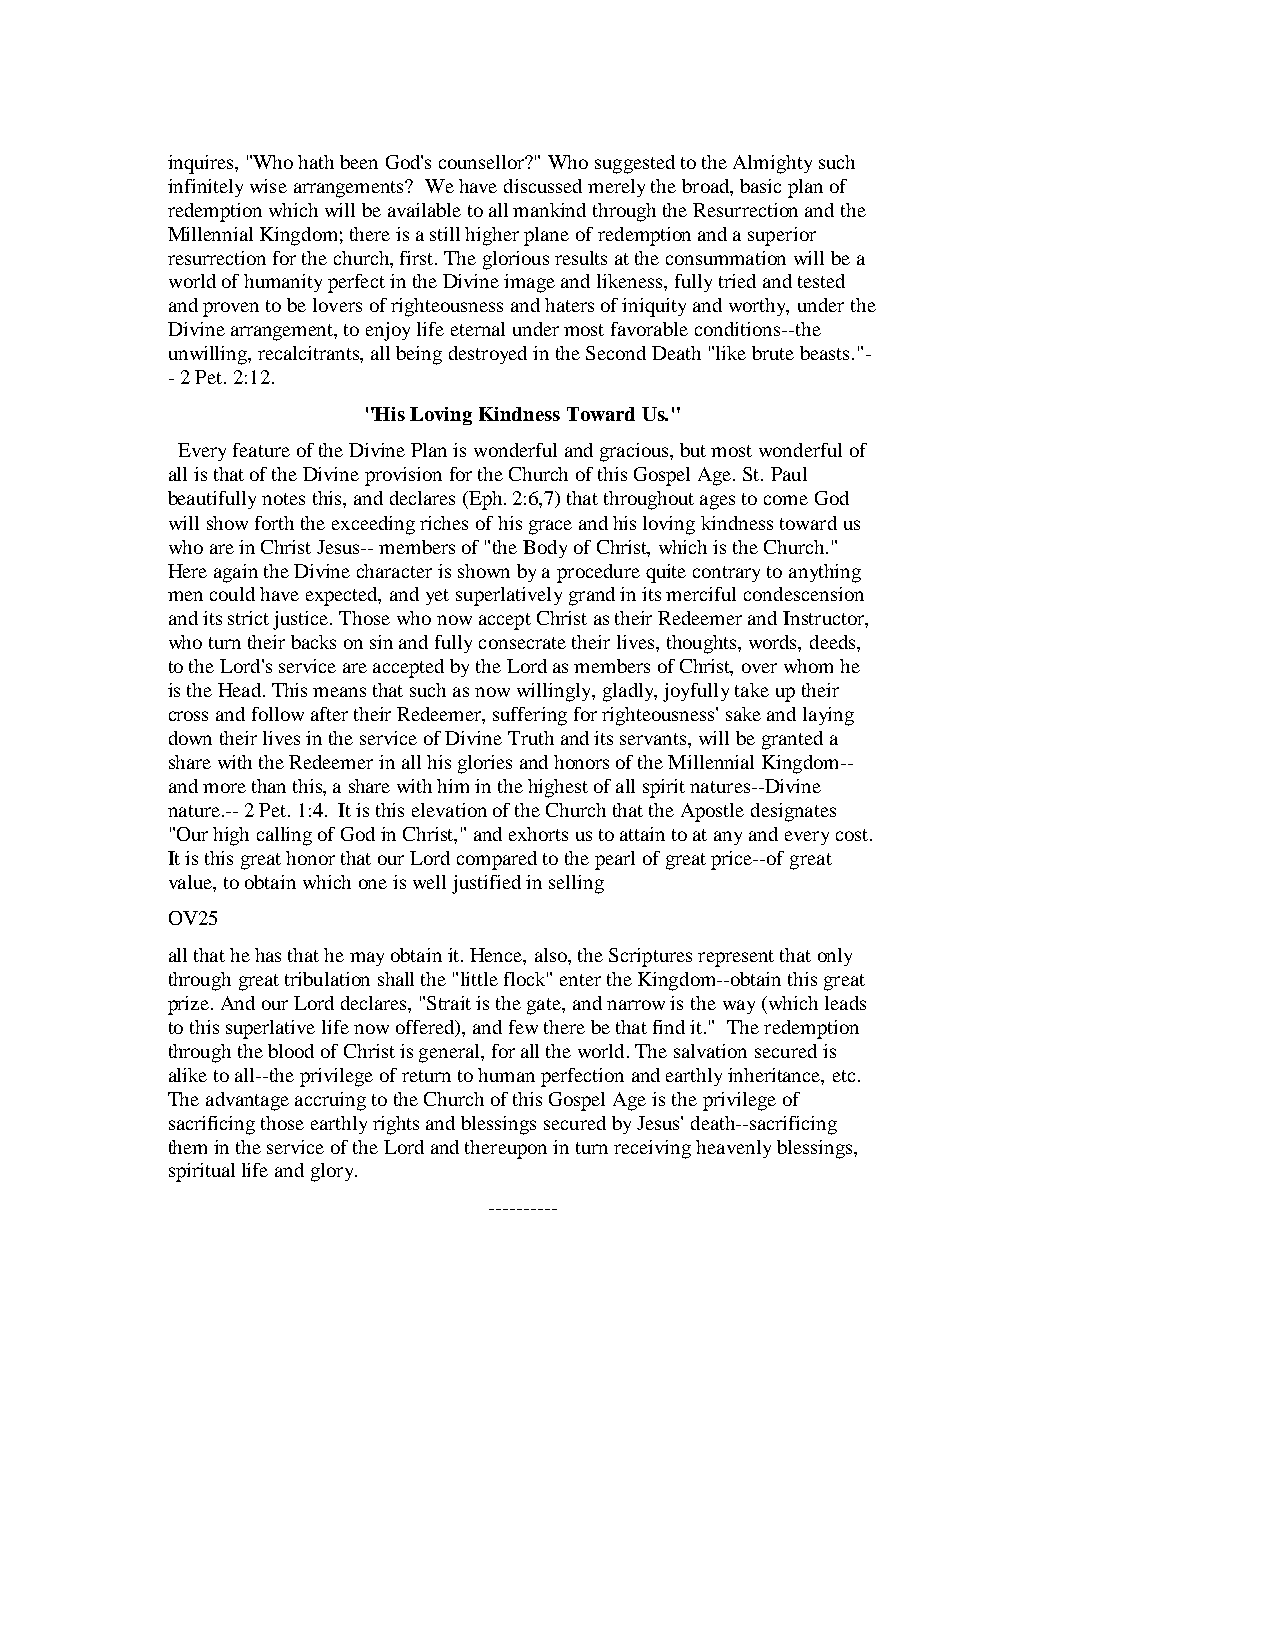
inquires, "Who hath been God's counsellor?" Who suggested to the Almighty such
 infinitely wise arrangements? We have discussed merely the broad, basic plan of
 redemption which will be available to all mankind through the Resurrection and the
 Millennial Kingdom; there is a still higher plane of redemption and a superior
 resurrection for the church, first. The glorious results at the consummation will be a
 world of humanity perfect in the Divine image and likeness, fully tried and tested
 and proven to be lovers of righteousness and haters of iniquity and worthy, under the
 Divine arrangement, to enjoy life eternal under most favorable conditions--the
 unwilling, recalcitrants, all being destroyed in the Second Death "like brute beasts."-
 - 2 Pet. 2:12.
 "His Loving Kindness Toward Us."
 Every feature of the Divine Plan is wonderful and gracious, but most wonderful of
 all is that of the Divine provision for the Church of this Gospel Age. St. Paul
 beautifully notes this, and declares (Eph. 2:6,7) that throughout ages to come God
 will show forth the exceeding riches of his grace and his loving kindness toward us
 who are in Christ Jesus-- members of "the Body of Christ, which is the Church."
 Here again the Divine character is shown by a procedure quite contrary to anything
 men could have expected, and yet superlatively grand in its merciful condescension
 and its strict justice. Those who now accept Christ as their Redeemer and Instructor,
 who turn their backs on sin and fully consecrate their lives, thoughts, words, deeds,
 to the Lord's service are accepted by the Lord as members of Christ, over whom he
 is the Head. This means that such as now willingly, gladly, joyfully take up their
 cross and follow after their Redeemer, suffering for righteousness' sake and laying
 down their lives in the service of Divine Truth and its servants, will be granted a
 share with the Redeemer in all his glories and honors of the Millennial Kingdom--
 and more than this, a share with him in the highest of all spirit natures--Divine
 nature.-- 2 Pet. 1:4. It is this elevation of the Church that the Apostle designates
 "Our high calling of God in Christ," and exhorts us to attain to at any and every cost.
 It is this great honor that our Lord compared to the pearl of great price--of great
 value, to obtain which one is well justified in selling
 OV25
 all that he has that he may obtain it. Hence, also, the Scriptures represent that only
 through great tribulation shall the "little flock" enter the Kingdom--obtain this great
 prize. And our Lord declares, "Strait is the gate, and narrow is the way (which leads
 to this superlative life now offered), and few there be that find it." The redemption
 through the blood of Christ is general, for all the world. The salvation secured is
 alike to all--the privilege of return to human perfection and earthly inheritance, etc.
 The advantage accruing to the Church of this Gospel Age is the privilege of
 sacrificing those earthly rights and blessings secured by Jesus' death--sacrificing
 them in the service of the Lord and thereupon in turn receiving heavenly blessings,
 spiritual life and glory.
 ----------